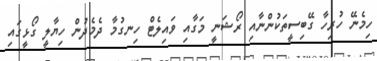
ހިމެނޭ ހުރިހާ ގޭބިސީތަކުންނާއި ރޯޝަނީ މަގާއި ވައިލެޓް ހިނގުމާ ދެމެދުން ހިޔާލީ ގޯޅީގައި